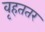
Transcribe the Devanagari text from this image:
वृहततर